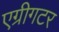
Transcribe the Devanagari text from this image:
एग्रीगटर